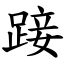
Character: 踥